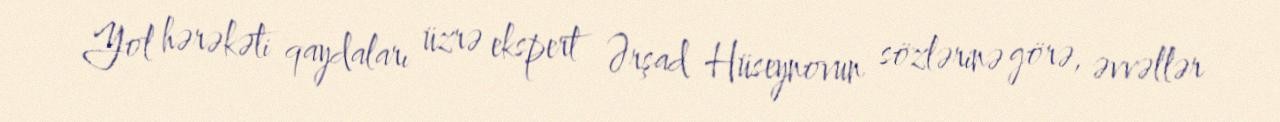
Yol hərəkəti qaydaları üzrə ekspert Ərşad Hüseynovun sözlərinə görə, əvvəllər